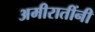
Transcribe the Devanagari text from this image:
अमीरातींनी